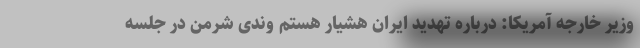
وزیر خارجه آمریکا: درباره تهدید ایران هشیار هستم وندی شرمن در جلسه